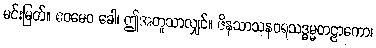
မင်းမြတ်။ ဧဝမေဝ ခေါ၊ ဤအတူသာလျှင်။ ဇိနသာသနဝရသဒ္ဓမ္မတဠာကော၊